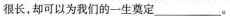
很长。却可以为我们的一生奠定____。